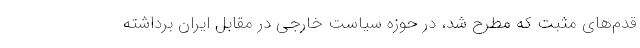
قدم‌های مثبت که مطرح شد، در حوزه سیاست خارجی در مقابل ایران برداشته